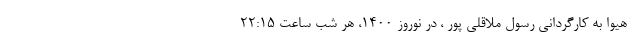
- هیوا به کارگردانی رسول ملاقلی پور ، در نوروز ۱۴۰۰، هر شب ساعت ۲۲:۱۵